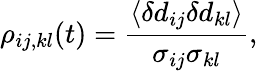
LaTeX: \rho_{ij,kl}(t)=\frac{\langle\delta d_{ij}\delta d_{kl}\rangle}{\sigma_{ij}\sigma_{kl}},